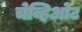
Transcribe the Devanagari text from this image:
चेव्हिओट